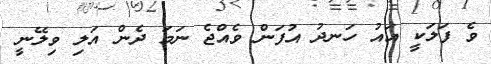
ވެ ފަލަކީ އައު ހަނދު އުފަން ވެއްޖެ ނަމަ ދެން އަލި ވިލޭނީ